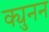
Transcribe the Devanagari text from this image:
क्युनन